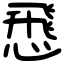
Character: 𢝵